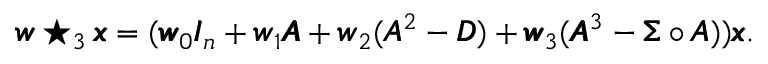
\begin{array} { r } { \pmb { w } \star _ { 3 } \pmb { x } = ( \pmb { w } _ { 0 } \pmb { I } _ { n } + \pmb { w } _ { 1 } \pmb { A } + \pmb { w } _ { 2 } ( \pmb { A } ^ { 2 } - \pmb { D } ) + \pmb { w } _ { 3 } ( \pmb { A } ^ { 3 } - \pmb { \Sigma } \circ \pmb { A } ) ) \pmb { x } . } \end{array}